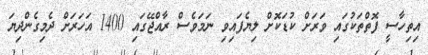
އިތިހާސީ ފޮތްތަކުގައި ވަރަށް ކުޑަކޮށް ލިޔެފައިވި ނަމަވެސް ރާއްޖޭގައި 1400 އަހަރަށް ދެމިގެންދިޔަ